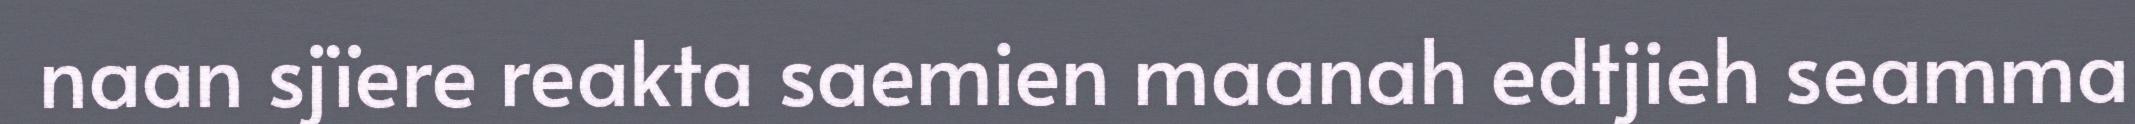
naan sjïere reakta saemien maanah edtjieh seamma